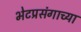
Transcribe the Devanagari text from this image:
भेटप्रसंगाच्या